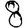
Digit: 8